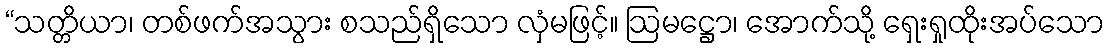
“သတ္တိယာ၊ တစ်ဖက်အသွား စသည်ရှိသော လှံမဖြင့်။ ဩမဋ္ဌော၊ အောက်သို့ ရှေးရှုထိုးအပ်သော